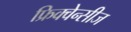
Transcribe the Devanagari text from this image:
फ्रिक्वेन्सीज